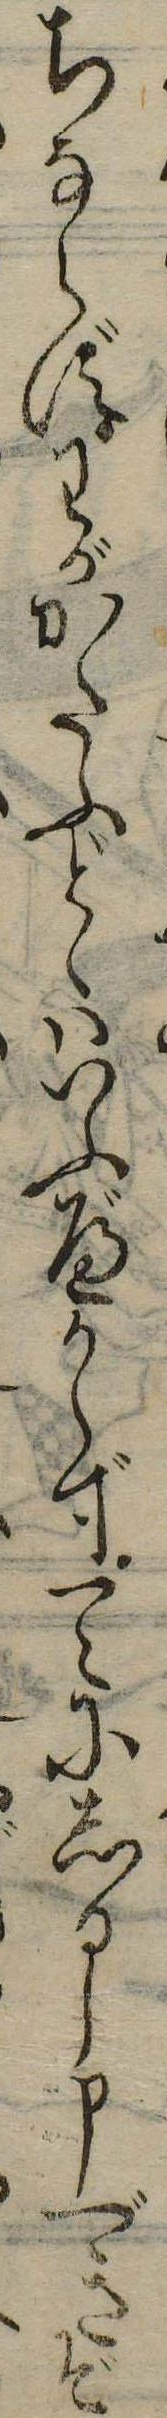
ちならずわがかたふどゝはいふべからず一々にしるし申べきぞ